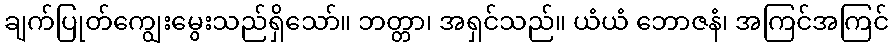
ချက်ပြုတ်ကျွေးမွေးသည်ရှိသော်။ ဘတ္တာ၊ အရှင်သည်။ ယံယံ ဘောဇနံ၊ အကြင်အကြင်